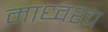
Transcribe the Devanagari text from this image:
माध्वश्च